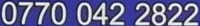
0770 042 2822